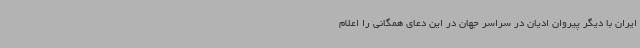
ایران با دیگر پیروان ادیان در سراسر جهان در این دعای همگانی را اعلام